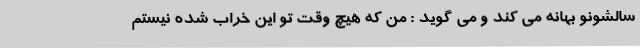
سالشونو بهانه می کند و می گوید : من كه هيچ وقت تو اين خراب شده نيستم